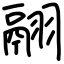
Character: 翮